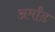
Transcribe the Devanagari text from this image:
अर्मांड